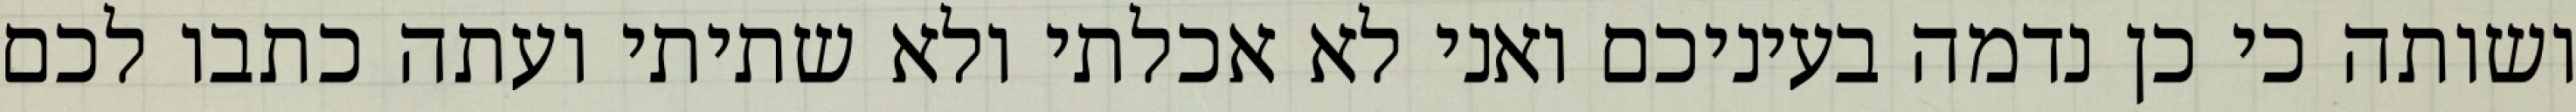
ושותה כי כן נדמה בעיניכם ואני לא אכלתי ולא שתיתי ועתה כתבו לכם